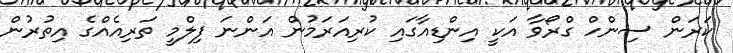
ކަރަން ސިންހް ގްރޯވާ އަކީ އިންޑިއާގައި ކުރިއަރަމުން އަންނަ ފިލްމީ ތަރިއެއްގެ އިތުރުން